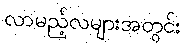
လာမည့်လများအတွင်း